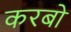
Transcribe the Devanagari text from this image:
करबो